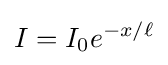
I=I_{0}e^{-x/\ell }